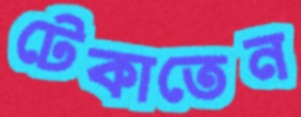
টেকাতেন